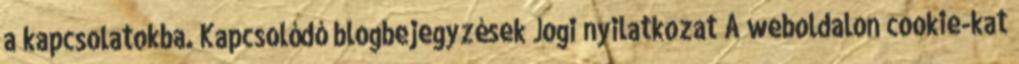
a kapcsolatokba. Kapcsolódó blogbejegyzések Jogi nyilatkozat A weboldalon cookie-kat